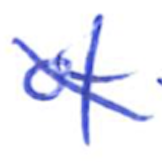
Text: of
Cross-out: diagonal
Writing tool: ballpoint